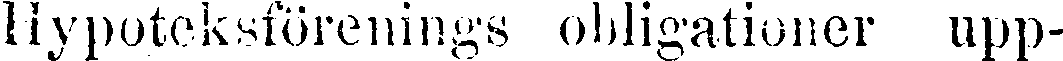
Hypoteksförenings obligationer upp-